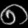
Digit: ၈